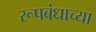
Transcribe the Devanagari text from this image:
रूपबंधाच्या